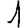
Digit: 1